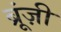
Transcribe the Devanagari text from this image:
ब्रूंज़ी